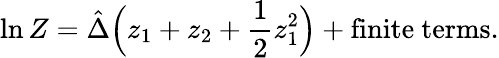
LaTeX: \ln Z=\hat{\Delta}\Big(z_{1}+z_{2}+\frac{1}{2}z_{1}^{2}\Big)+\mathrm{finite~terms}.